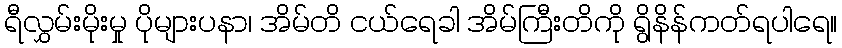
ရီလွှမ်းမိုးမှု ပိုများပနာ၊ အိမ်တိ ငယ်ရေခါ အိမ်ကြီးတိကို ရွိနိန်ကတ်ရပါရေ။